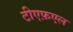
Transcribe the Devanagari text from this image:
टीएफ़एल